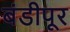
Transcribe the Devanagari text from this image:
बंडीपूर